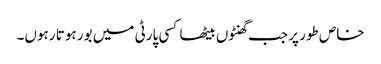
خاص طور پر جب گھنٹوں بیٹھا کسی پارٹی میں بور ہوتا رہوں۔